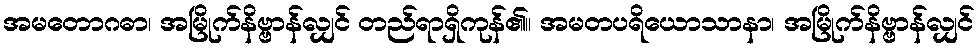
အမတောဂဓာ၊ အမြိုက်နိဗ္ဗာန်လျှင် တည်ရာရှိကုန်၏။ အမတပရိယောသာနာ၊ အမြိုက်နိဗ္ဗာန်လျှင်